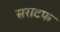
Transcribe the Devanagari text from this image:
सराटफ